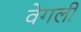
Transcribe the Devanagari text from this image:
वेगली